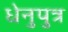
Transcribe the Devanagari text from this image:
धेनुपुत्र